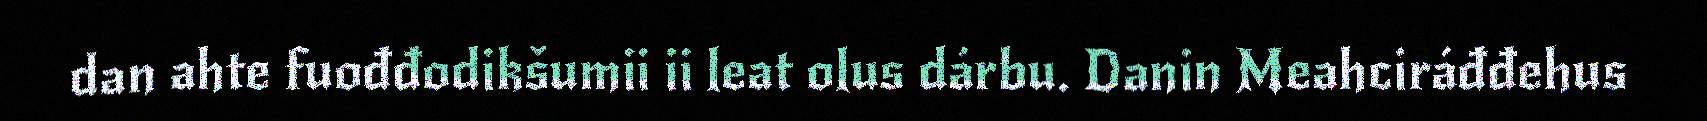
dan ahte fuođđodikšumii ii leat olus dárbu. Danin Meahciráđđehus